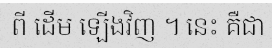
ពី ដើម ឡើងវិញ ។ នេះ គឺជា